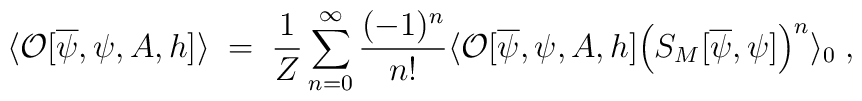
\langle {\cal O}[\overline{\psi},\psi,A,h] \rangle \; = \;\frac{1}{Z} \sum_{n=0}^\infty\frac{(-1)^n}{n!}\langle {\cal O} [\overline{\psi},\psi,A,h]\Big(S_M[\overline{\psi},\psi]\Big)^n \rangle_0 \; ,